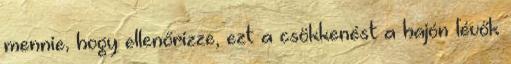
mennie, hogy ellenőrizze, ezt a csökkenést a hajón lévők